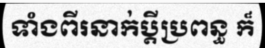
ទាំងពីរនាក់ប្តីប្រពន្ធ ក៏